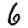
Digit: 6